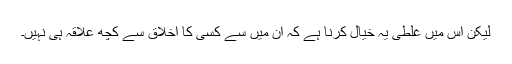
لیکن اس میں غلطی یہ خیال کرنا ہے کہ ان میں سے کسی کا اخلاق سے کچھ علاقہ ہی نہیں۔